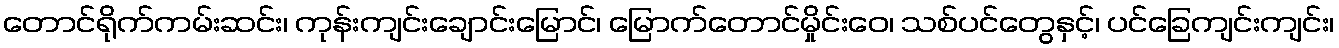
တောင်ရိုက်ကမ်းဆင်း၊ ကုန်းကျင်းချောင်းမြောင်၊ မြောက်တောင်မှိုင်းဝေ၊ သစ်ပင်တွေနှင့်၊ ပင်ခြေကျင်းကျင်း၊